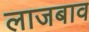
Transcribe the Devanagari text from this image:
लाजबाव